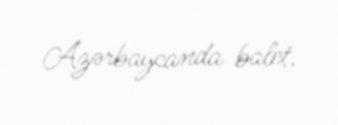
Azərbaycanda balet.